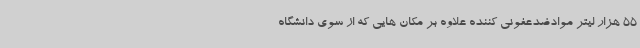
55 هزار لیتر موادضدعفونی کننده علاوه بر مکان هایی که از سوی دانشگاه